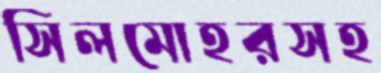
সিলমোহরসহ